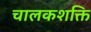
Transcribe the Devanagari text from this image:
चालकशक्ति